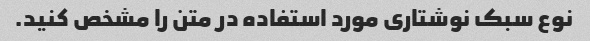
نوع سبک نوشتاری مورد استفاده در متن را مشخص کنید.